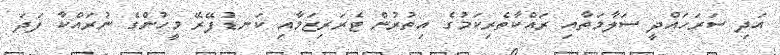
އަދި ސަރަހައްދީ ސަލާމަތާއި ރައްކާތެރިކަމުގެ އިތުރުން ޓެރަރިޒަމާއި ކަނޑުފޭރޭ މީހުންގެ ނުރައްކާ ފަދަ